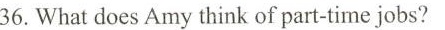
36.What does Amy think of part-time jobs?